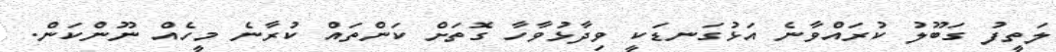
ލަތީފު ގަބޫލު ކުރައްވާނެ އަޅުގަނޑަކީ ވިދާޅުވާހާ ގޮތަށް ކަންތައް ކުރާނެ މީހެއް ނޫންކަން.